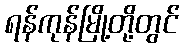
ရန်ကုန်မြို့တို့တွင်